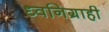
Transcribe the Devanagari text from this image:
ध्वनिग्राही